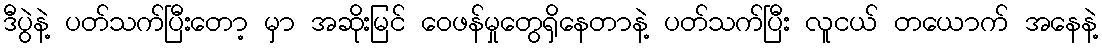
ဒီပွဲနဲ့ ပတ်သက်ပြီးတော့ မှာ အဆိုးမြင် ဝေဖန်မှုတွေရှိနေတာနဲ့ ပတ်သက်ပြီး လူငယ် တယောက် အနေနဲ့